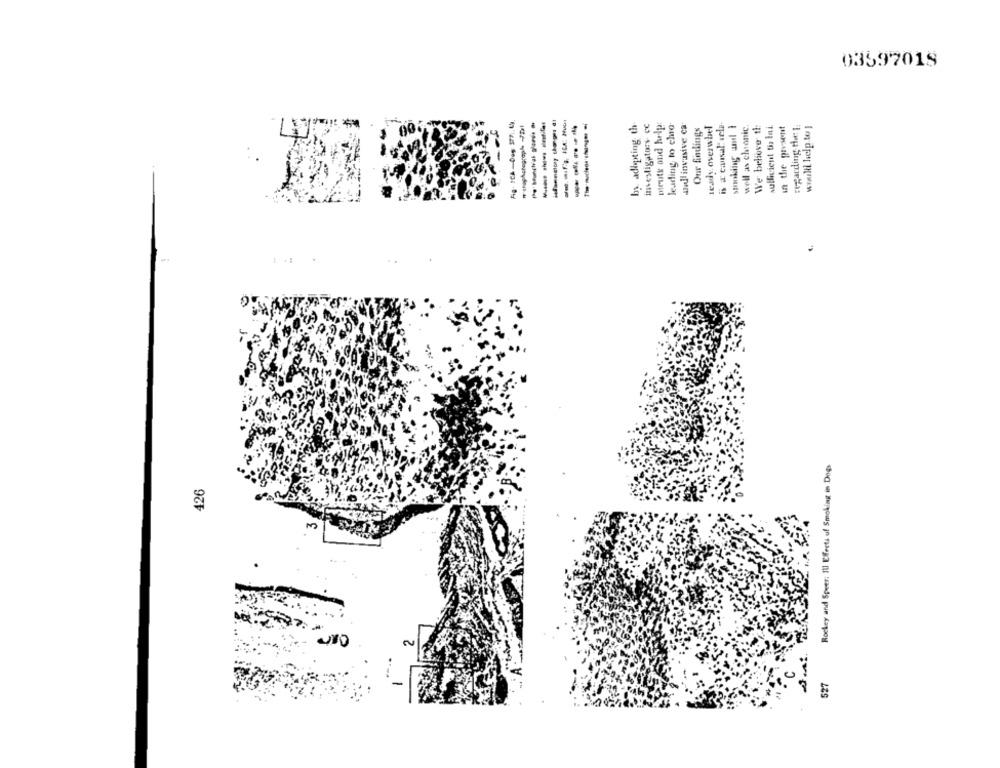
03597019
Ag- ICA -Deg 577 ,. Ly
-----
-----
by adopting th
investigators cc
bruts ond help
leading to cho
wall invasive ca
Our findings
ready. overwhel
is x causal: cela
smokiing and I
well as chronic
We believe th
sullivient tis Ini
in the present
wwwlil help.to ]
Rockey and Speer: Ill Effects of Smoking in Dogs
426
327